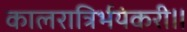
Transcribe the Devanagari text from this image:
कालरात्रिर्भयंकरी॥